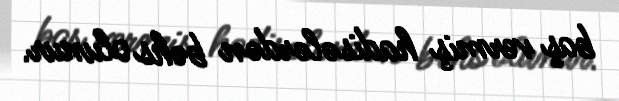
baş vermiş hadisələrdən bəhs olunur.